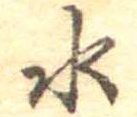
水